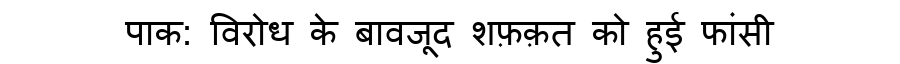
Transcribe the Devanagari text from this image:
पाक: विरोध के बावजूद शफ़क़त को हुई फांसी